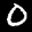
Label: 0